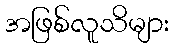
အဖြစ်လူသိများ